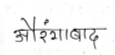
मजकूर: औरंगाबाद